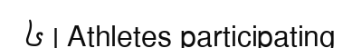
៤ | Athletes participating